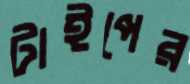
টাইপের